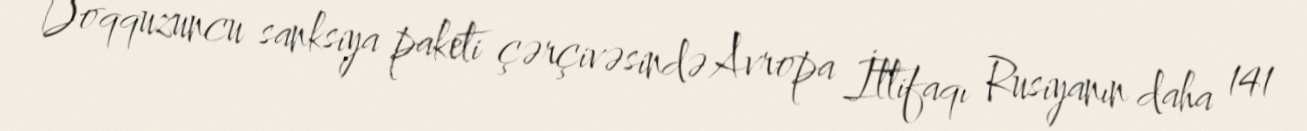
Doqquzuncu sanksiya paketi çərçivəsində Avropa İttifaqı Rusiyanın daha 141